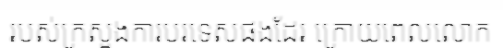
របស់ក្រសួងការបរទេសផងដែរ ក្រោយពេលលោក